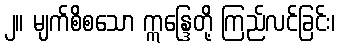
၂။ မျက်စိစသော ဣန္ဒြေတို့ ကြည်လင်ခြင်း၊